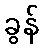
ခွန်